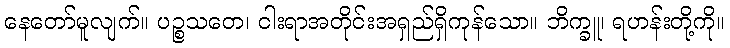
နေတော်မူလျက်။ ပဉ္စသတေ၊ ငါးရာအတိုင်းအရှည်ရှိကုန်သော။ ဘိက္ခူ၊ ရဟန်းတို့ကို။